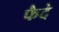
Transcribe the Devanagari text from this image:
फैदे